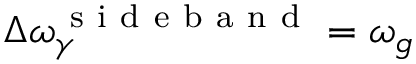
\Delta \omega _ { \gamma } ^ { \mathrm { ~ s ~ i ~ d ~ e ~ b ~ a ~ n ~ d ~ } } = \omega _ { g }